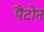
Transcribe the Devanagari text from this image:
पैंटोन